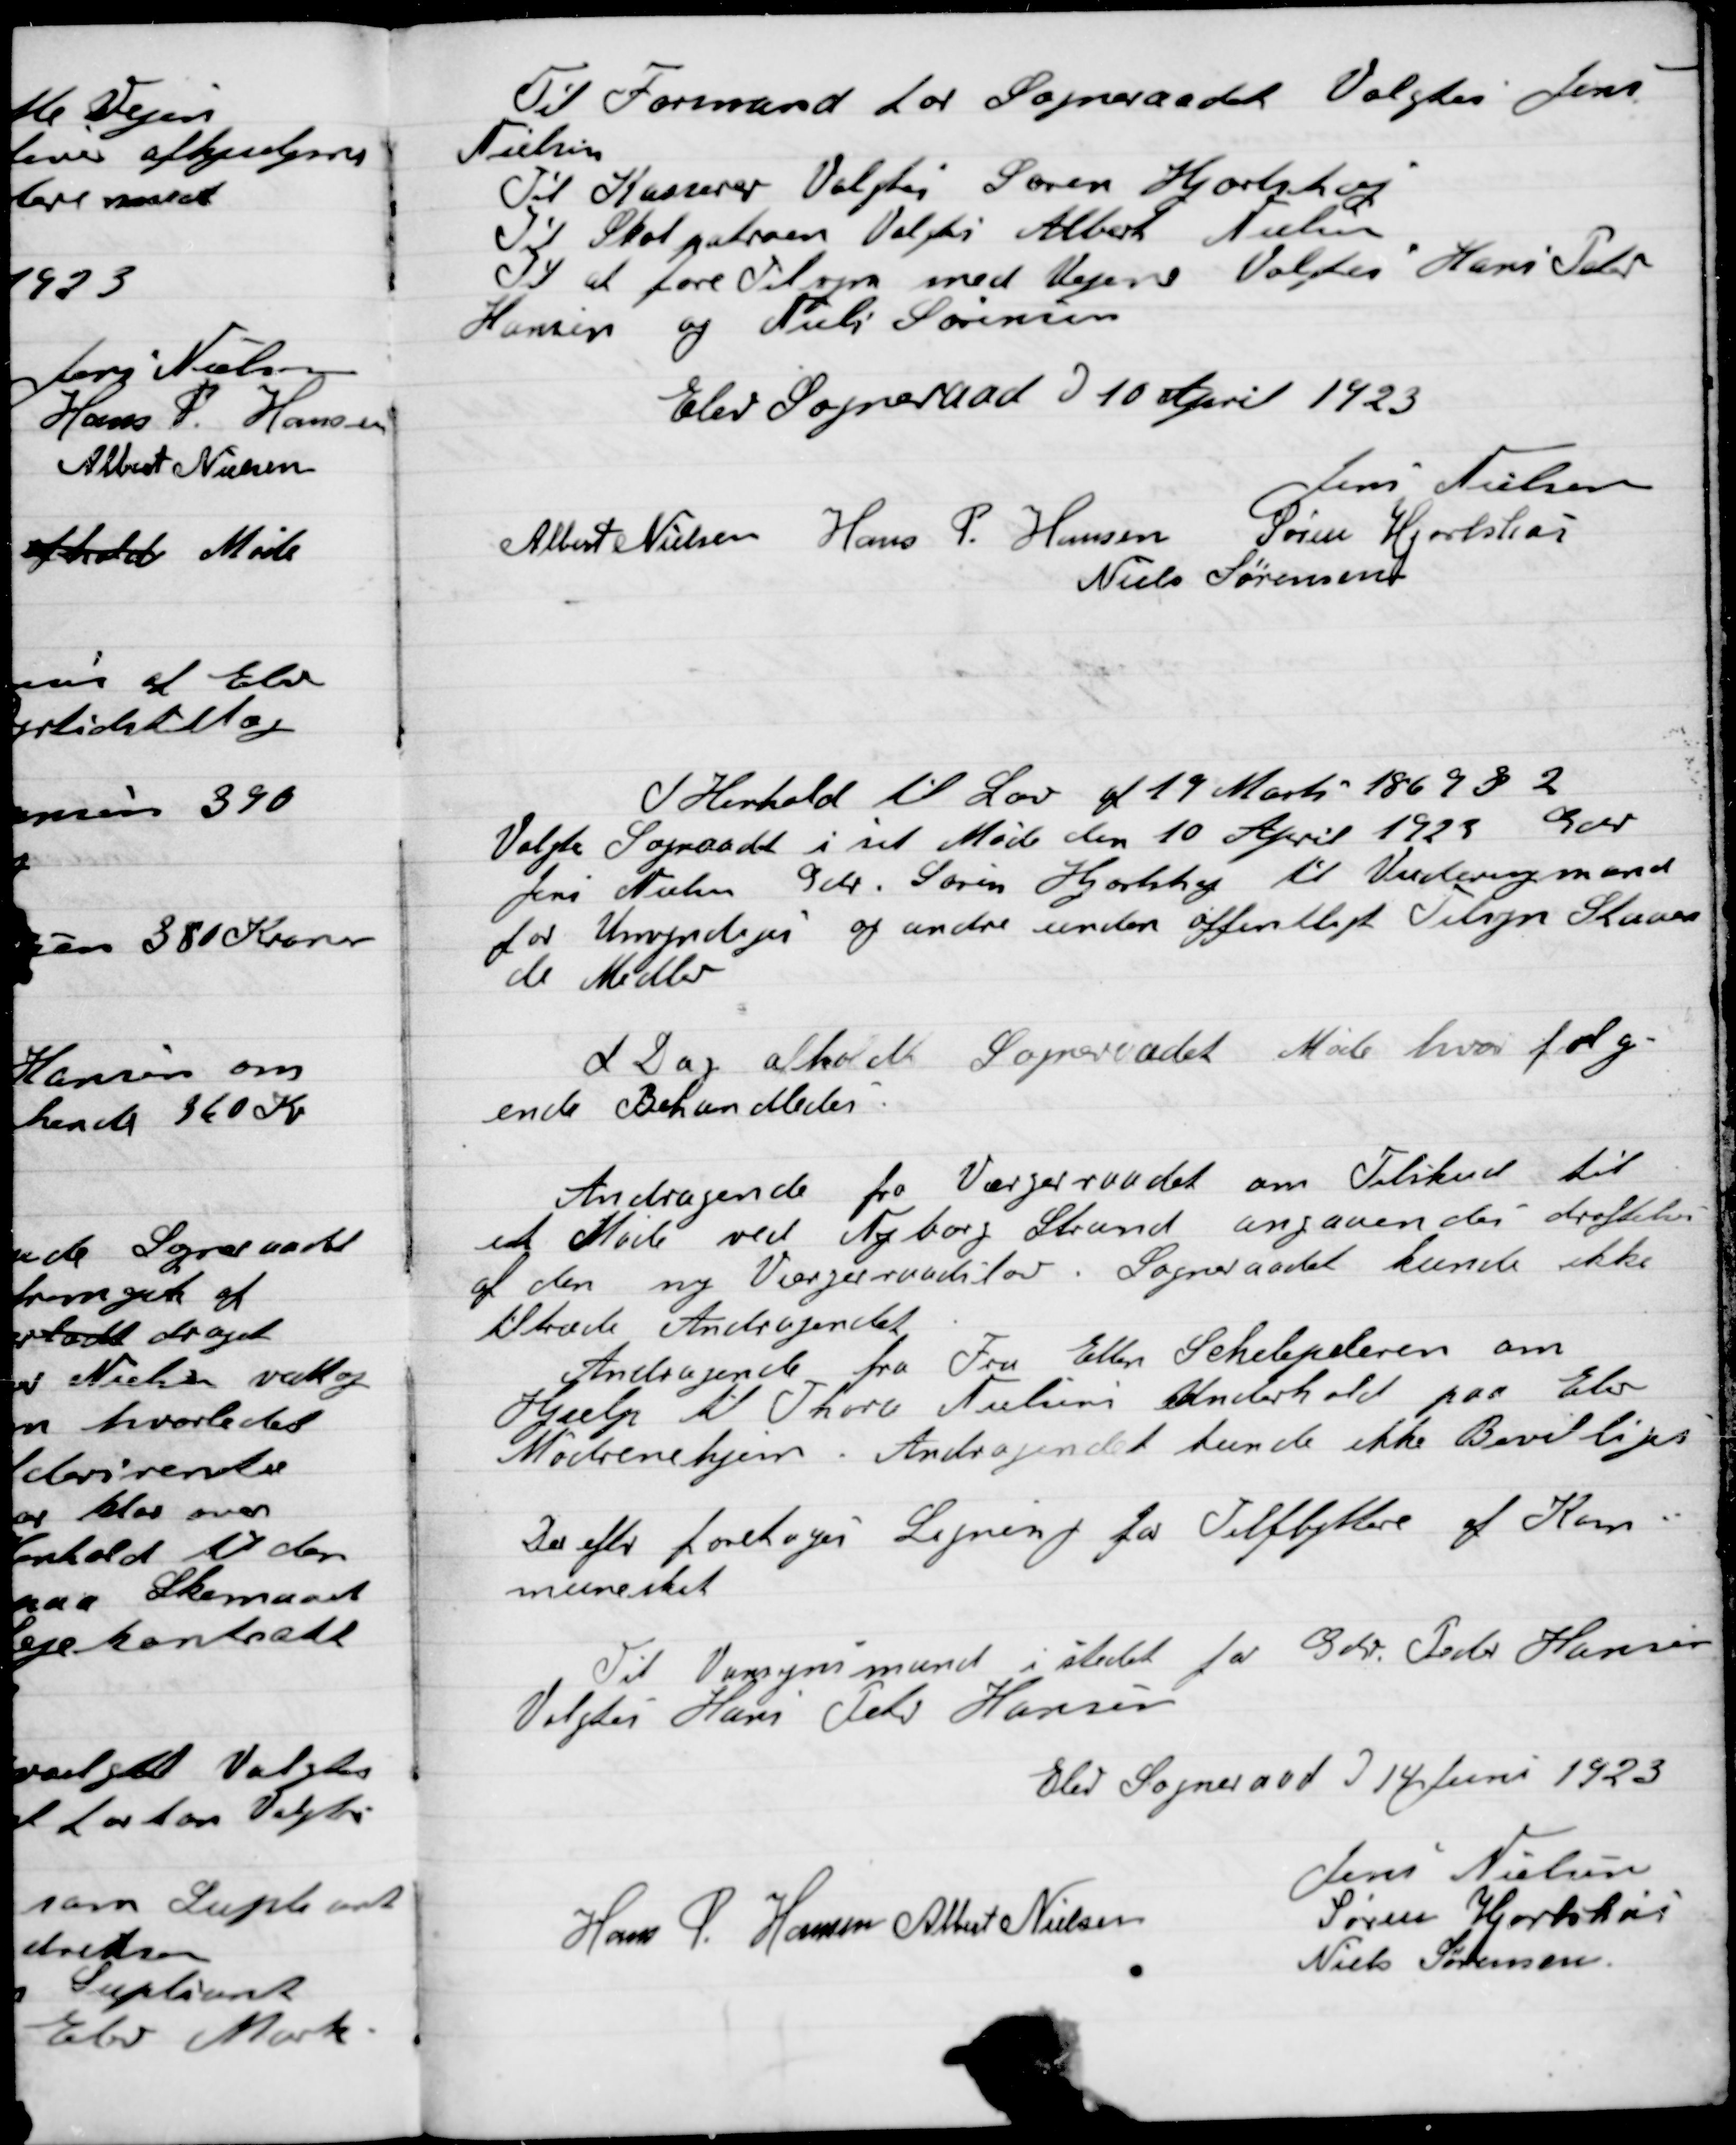
Transskription:
Till Formand for Sogneraadet Valgtes Jens
Nielsen
Til Kasserer Valgtes Søren Hjortshøj
Til Skolepatroen Valgtes Albert Nielsen
Til at føre Tilsyn med Vejene Valgtes Hans Peder
Hansen og Niels Sørensen

Elev Sogneraad D. 10 April 1923

Jens Nielsen
Albert Nielsen
Hans P. Hansen
Søren Hjortshøi
Niels Sørensen

I Henhold til Lov af 19 Marts 1869 §2
Valgte Sogneraadet i det Møde den 10 April 1923 Gdr
Jens Nielsen Gdr. Søren Hjortshøj til Vandsynsmænd
for unsyndeges og andre under offentligt Tilsyn staaen-
de Midler.

I Dag afholdt Sogneraadet Møde hvor følg-
ende Behandledes

Andragende fra Værgeraadet om Tilskud til
et Møde ved Nyborg Stand angaande drøftelse
af den ny Værgeraadslov. Sogneraadet kunde ikke
tiltræde Andragendet.
Andragende fra Fru Ellen Sehelepederen om
Hjælp til Thora Nielsens underhold paa Elev
Mødrenehjem. Andragendet kunde ikke Bevilligs

Der efter forelages Ligning for Tilflyttere af Kom-
muneskat.

Til Vansynsmand i stedet for Gdr. Peder Hansen
Valgtes Hans Peder Hansen

Elev Sogneraad D. 14 Juni 1923

Jens Nielsen
Hans P. Hansen
Albert Nielsen
Søren Hjortshøi
Niels Sørensen